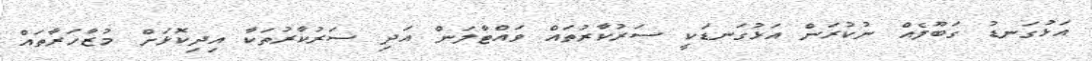
އަޅުގަަނޑު ގަބޫލެއް ނުކުރަން އަޅުގަނޑަކީ ސަރުކާރުތައް ވައްޓާލަން އަދި ސަރުކާރުތަކާ އިދިކޮޅަށް މުޒާހަރާތައް